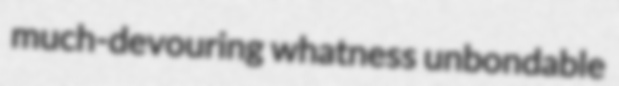
much-devouring whatness unbondable